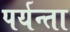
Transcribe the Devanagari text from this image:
पर्यन्ता